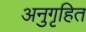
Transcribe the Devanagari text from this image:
अनुगृहित